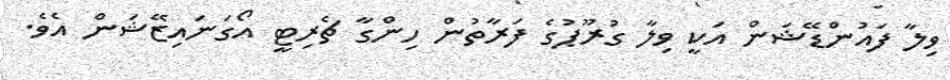
ވިލާ ފައުންޑޭޝަން އަކީ ވިލާ ގުރޫޕުގެ ފަރާތުން ހިންގާ ޗެރިޓީ އޯގަނައިޒޭޝަން އެވެ.